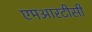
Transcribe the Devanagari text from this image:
एमआरटीसी